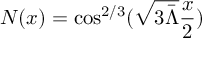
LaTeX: N ( x ) = \cos ^ { 2 / 3 } ( \sqrt { 3 \bar { \Lambda } } \frac x 2 )